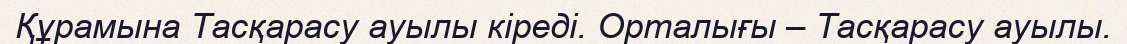
Құрамына Тасқарасу ауылы кіреді. Орталығы – Тасқарасу ауылы.